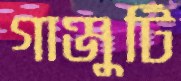
গাঞ্জুটি